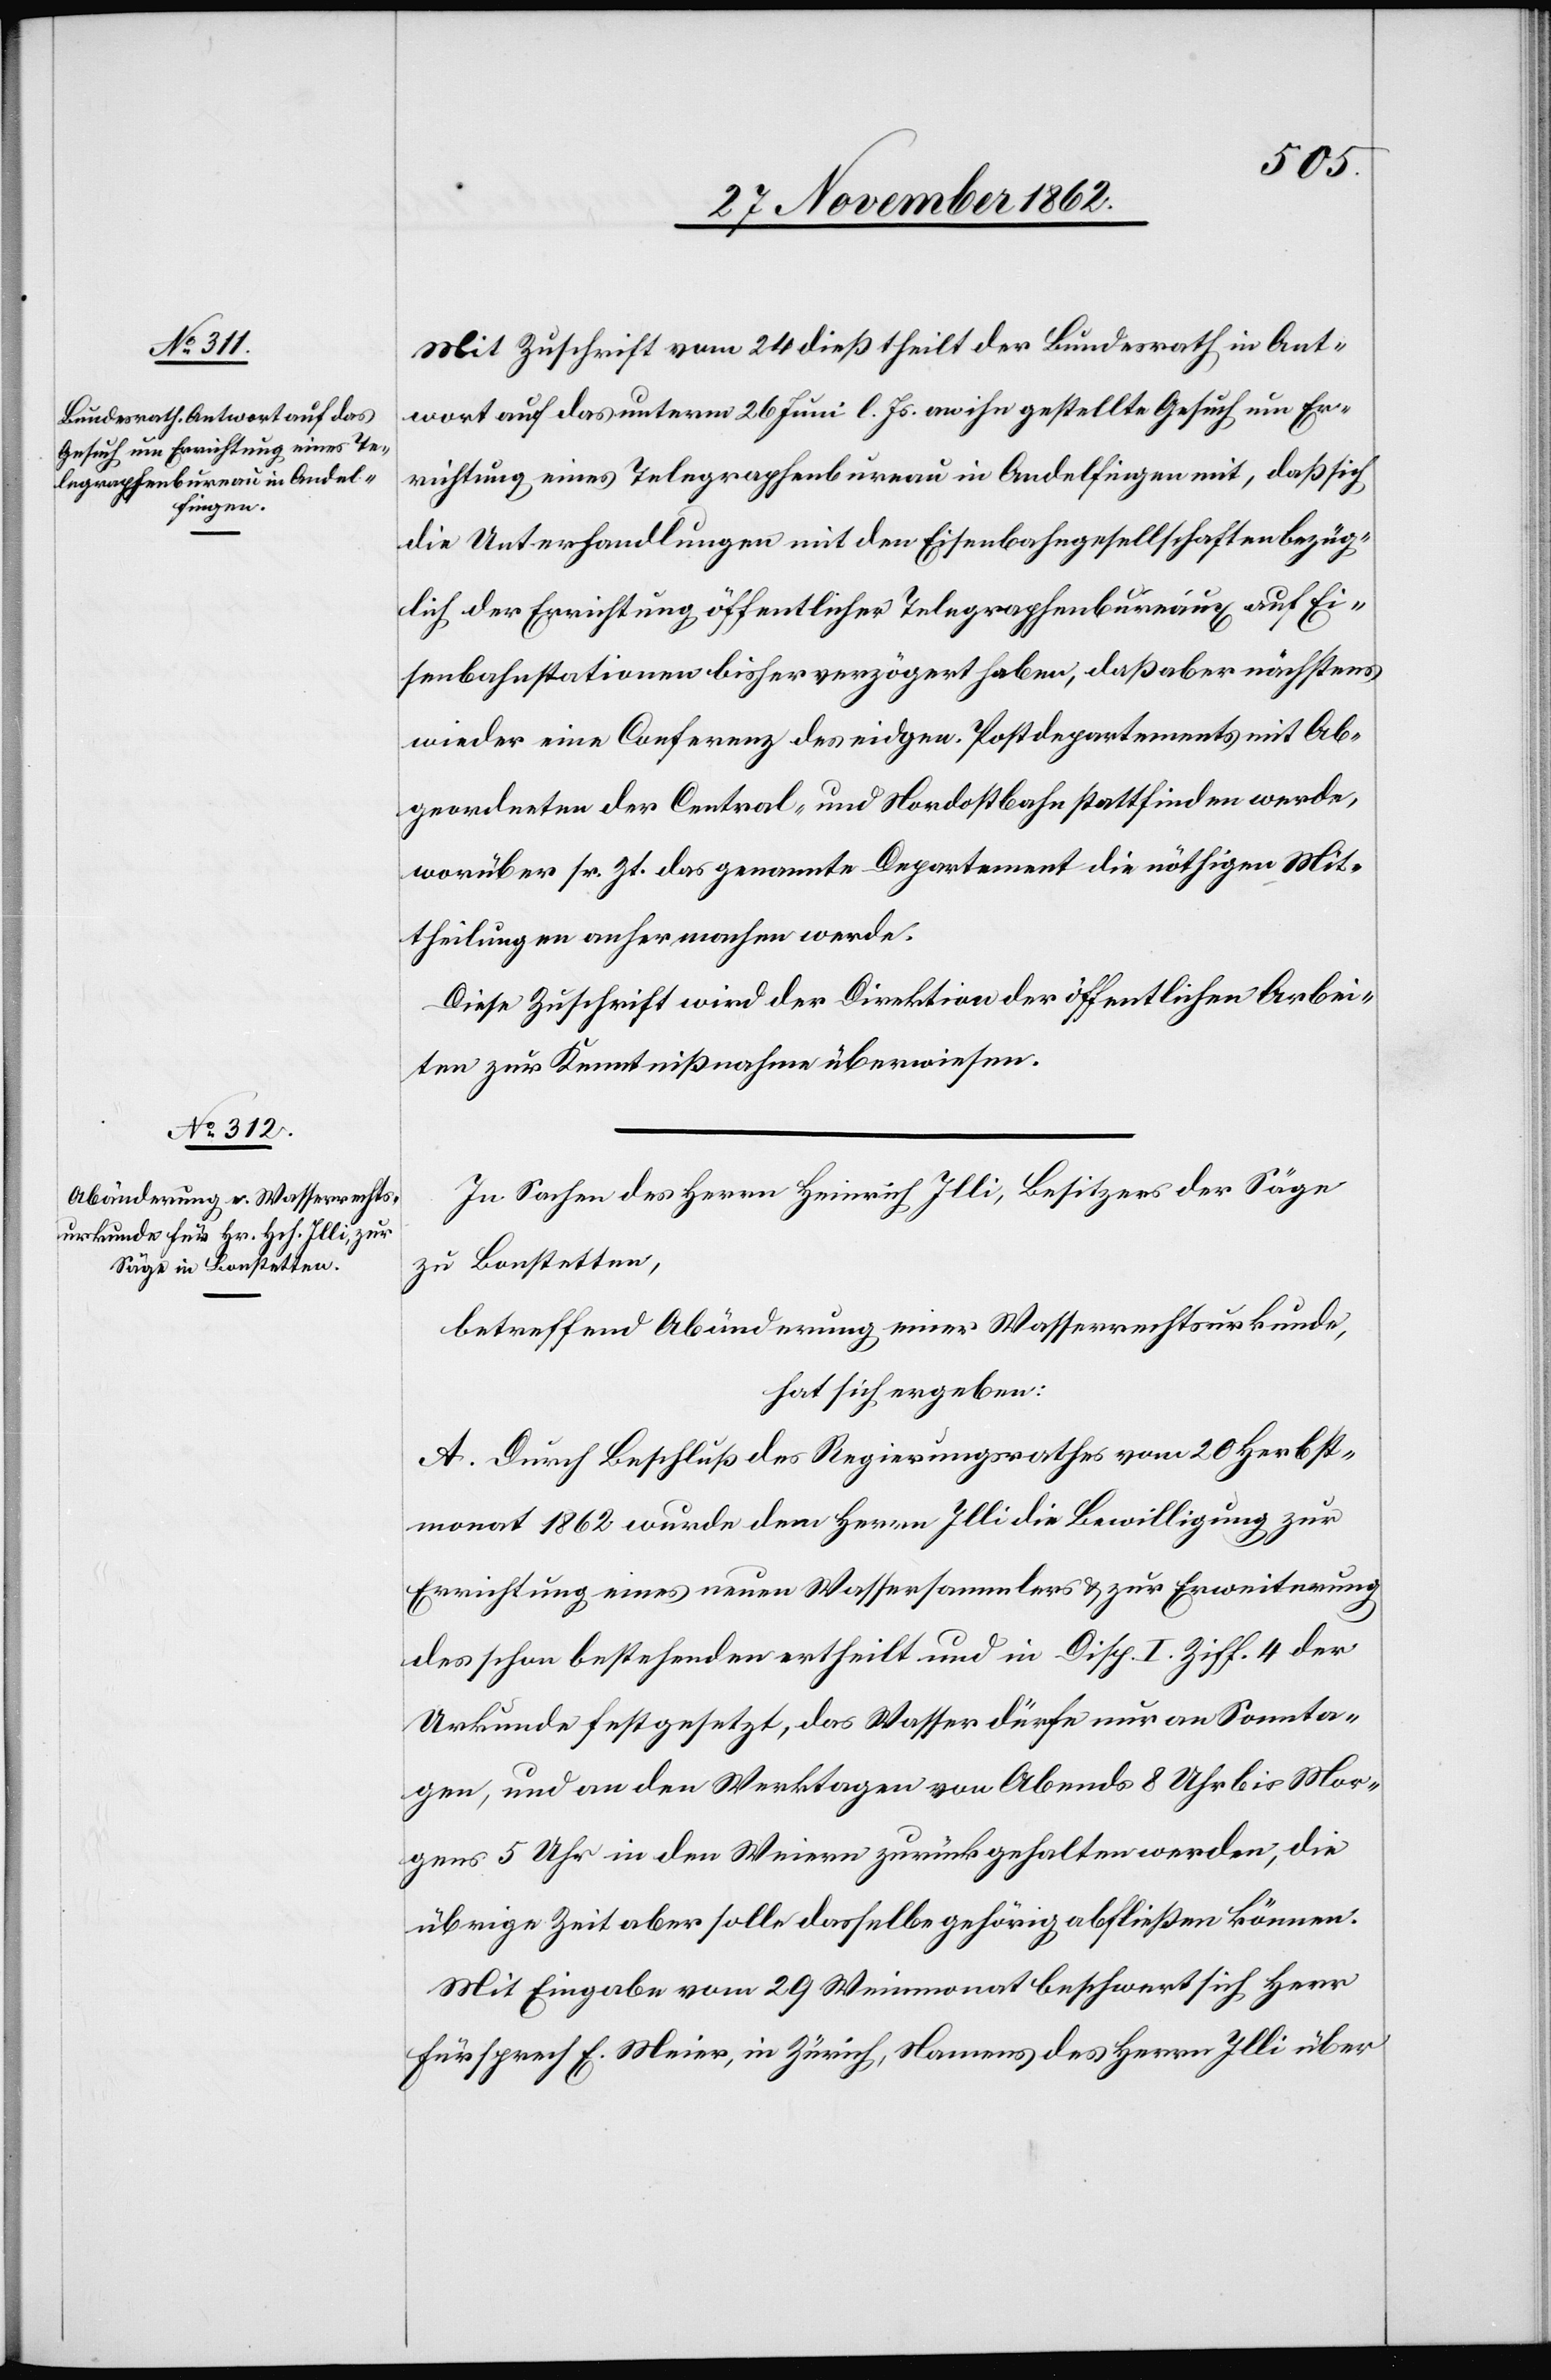
Mit Zuschrift vom 24. dieß theilt der Bundesrath in Ant¬
wort auf das unterm 26. Juni l. Js. an ihn gestellte Gesuch um Er¬
richtung eines Telegraphenbureau in Andelfingen mit, daß sich
die Unterhandlungen mit den Eisenbahngesellschaften bezüg¬
lich der Errichtung öffentlicher Telegraphenbüreaux auf Ei¬
senbahnstationen bisher verzögert haben, daß aber nächstens
wieder eine Conferenz des eidgen. Postdepartements mit Ab¬
geordneten der Central- und Nordostbahn stattfinden werde,
worüber sr. Zt. das genannte Departement die nöthigen Mit¬
theilungen anher machen werde.
Diese Zuschrift wird der Direktion der öffentlichen Arbei¬
ten zur Kenntnißnahme überwiesen.
In Sachen des Herrn Heinrich Illi, Besitzers der Säge
zu Bonstetten,
betreffend Abänderung einer Wasserrechtsurkunde,
hat sich ergeben:
A. Durch Beschluß des Regierungsrathes vom 20. Herbst¬
monat 1862 wurde dem Herrn Illi die Bewilligung zur
Errichtung eines neuen Wassersammlers u. zur Erweiterung
des schon bestehenden ertheilt und in Disp. I. Ziff. 4 der
Urkunde festgesetzt, das Wasser dürfe nur an Sonnta¬
gen, und an den Werktagen von Abends 8 Uhr bis Mor¬
gens 5 Uhr in den Weiern zurück gehalten werden, die
übrige Zeit aber solle dasselbe gehörig abfließen können.
Mit Eingabe vom 29. Wintermonat beschwert sich Herr
Fürsprech E. Meier, in Zürich, Namens des Herrn Illi über